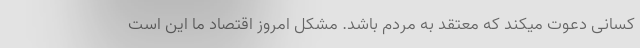
کسانی دعوت میکند که معتقد به مردم باشد. مشکل امروز اقتصاد ما این است